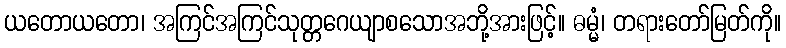
ယတောယတော၊ အကြင်အကြင်သုတ္တဂေယျာစသောအဘို့အားဖြင့်။ ဓမ္မံ၊ တရားတော်မြတ်ကို။